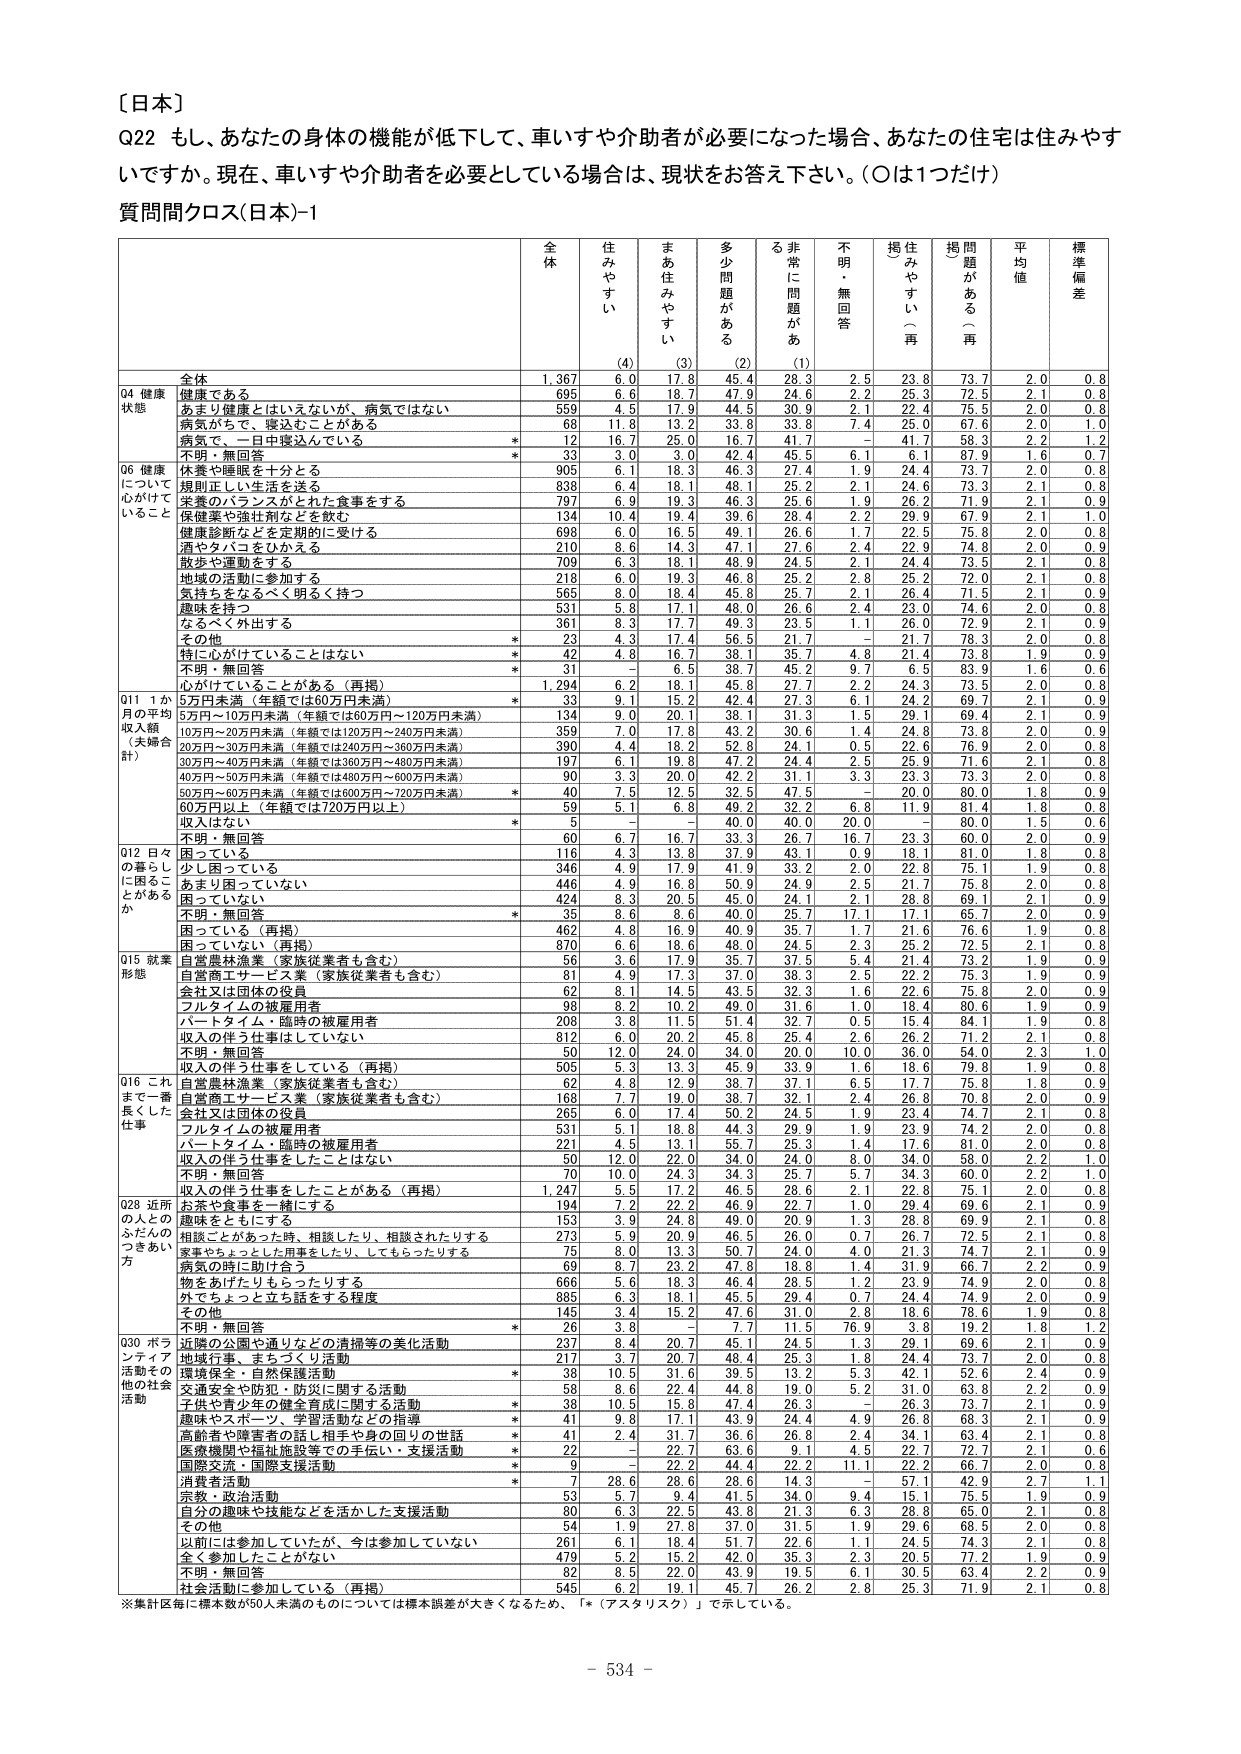
〔日本〕

Q22 もし、あなたの身体の機能が低下して、車いすや介助者が必要になった場合、あなたの住宅は住みやすいですか。現在、車いすや介助者を必要としている場合は、現状をお答え下さい。（○は1つだけ）

質問間クロス(日本)-1

| | 全体 | 住みやすい (4) | まあ住みやすい (3) | 多少問題がある (2) | る非常に問題がある (1) | 不明・無回答 | 掲題みやすい（再） | 掲題がある（再） | 平均値 | 標準偏差 |
|---|---|---|---|---|---|---|---|---|---|---|
| | | | | | | | | | | |
| Q4 健康状態 | 全体 | 1,367 | 6.0 | 17.8 | 45.4 | 28.3 | 2.5 | 23.8 | 73.7 | 2.0 | 0.8 |
| | 健康である | 695 | 6.6 | 18.7 | 47.9 | 24.6 | 2.2 | 25.3 | 72.5 | 2.1 | 0.8 |
| | あまり健康とはいえないが、病気ではない | 559 | 4.5 | 17.9 | 44.5 | 30.9 | 2.1 | 22.4 | 75.5 | 2.0 | 0.8 |
| | 病気で、寝込むことがある | 68 | 11.8 | 13.2 | 33.8 | 33.8 | 7.4 | 25.0 | 67.6 | 2.0 | 1.0 |
| | 病気で、一日中寝込んでいる | * | 12 | 16.7 | 25.0 | 16.7 | 41.7 | - | 41.7 | 58.3 | 2.2 | 1.2 |
| | 不明・無回答 | * | 33 | 3.0 | 3.0 | 42.4 | 45.5 | 6.1 | 6.1 | 87.9 | 1.6 | 0.7 |
| Q6 健康について心がけていること | 休養や睡眠を十分とる | 905 | 6.1 | 18.3 | 46.3 | 27.4 | 1.9 | 24.4 | 73.7 | 2.0 | 0.8 |
| | 規則正しい生活を送る | 838 | 6.4 | 18.1 | 48.1 | 25.2 | 2.1 | 24.6 | 73.3 | 2.1 | 0.8 |
| | 美味のバランスがとれた食事をする | 797 | 6.9 | 19.3 | 46.3 | 25.6 | 1.9 | 26.2 | 71.9 | 2.1 | 0.9 |
| | 保健薬や強壮剤などを飲む | 134 | 10.4 | 19.4 | 39.6 | 28.4 | 2.2 | 29.9 | 67.9 | 2.1 | 1.0 |
| | 健康診断などを定期的に受ける | 698 | 6.0 | 16.5 | 49.1 | 26.6 | 1.7 | 22.5 | 75.8 | 2.0 | 0.8 |
| | 酒やタバコをひかえる | 210 | 8.6 | 14.3 | 47.1 | 27.6 | 2.4 | 22.9 | 74.8 | 2.0 | 0.9 |
| | 散歩や運動をする | 709 | 6.3 | 18.1 | 48.9 | 24.5 | 2.1 | 24.4 | 73.5 | 2.1 | 0.8 |
| | 地域の活動に参加する | 218 | 6.0 | 19.3 | 46.8 | 25.2 | 2.8 | 25.2 | 72.0 | 2.1 | 0.8 |
| | 気持ちをなるべく明るく持つ | 565 | 8.0 | 18.4 | 45.8 | 25.7 | 2.1 | 26.4 | 71.5 | 2.1 | 0.9 |
| | 趣味を持つ | 531 | 5.8 | 17.1 | 48.0 | 26.6 | 2.4 | 23.0 | 74.6 | 2.0 | 0.8 |
| | なるべく外出する | 361 | 8.3 | 17.7 | 49.3 | 23.5 | 1.1 | 26.0 | 72.9 | 2.1 | 0.9 |
| | その他 | * | 23 | 4.3 | 17.4 | 56.5 | 21.7 | - | 21.7 | 78.3 | 2.0 | 0.8 |
| | 特に心がけていることはない | * | 42 | 4.8 | 16.7 | 38.1 | 35.7 | 4.8 | 21.4 | 73.8 | 1.9 | 0.9 |
| | 不明・無回答 | * | 31 | 3.2 | 6.5 | 38.7 | 45.2 | 9.7 | 6.5 | 83.9 | 1.6 | 0.6 |
| | 心がけていることがある（再掲） | 1,294 | 6.2 | 18.1 | 45.8 | 27.7 | 2.2 | 24.3 | 73.5 | 2.0 | 0.8 |
| Q11 1か月の平均収入額（夫婦合計） | 5万円未満（年額では60万円未満） | 33 | 9.1 | 15.2 | 42.4 | 27.3 | 6.1 | 24.2 | 69.7 | 2.1 | 0.9 |
| | 5万円～10万円未満（年額では60万円～120万円未満） | 134 | 9.0 | 20.1 | 38.1 | 31.3 | 1.5 | 29.1 | 69.4 | 2.1 | 0.9 |
| | 10万円～20万円未満（年額では120万円～240万円未満） | 359 | 7.0 | 17.8 | 43.2 | 30.6 | 1.4 | 24.8 | 73.8 | 2.0 | 0.9 |
| | 20万円～30万円未満（年額では240万円～360万円未満） | 390 | 4.4 | 18.2 | 52.8 | 24.1 | 0.5 | 22.6 | 76.9 | 2.0 | 0.8 |
| | 30万円～40万円未満（年額では360万円～480万円未満） | 197 | 6.1 | 19.8 | 47.2 | 24.4 | 2.5 | 25.9 | 71.6 | 2.1 | 0.8 |
| | 40万円～50万円未満（年額では480万円～600万円未満） | 90 | 3.3 | 20.0 | 42.2 | 31.1 | 3.3 | 23.3 | 73.3 | 2.0 | 0.8 |
| | 50万円～60万円未満（年額では600万円～720万円未満） | * | 40 | 7.5 | 12.5 | 32.5 | 47.5 | - | 20.0 | 80.0 | 1.8 | 0.9 |
| | 60万円以上（年額では720万円以上） | 59 | 5.1 | 6.8 | 49.2 | 32.2 | 6.8 | 11.9 | 81.4 | 1.8 | 0.8 |
| | 収入はない | * | 5 | - | - | 40.0 | 40.0 | 20.0 | - | 80.0 | 1.5 | 0.6 |
| | 不明・無回答 | 60 | 6.7 | 16.7 | 33.3 | 26.7 | 16.7 | 23.3 | 60.0 | 2.0 | 0.9 |
| Q12 日々の暮らしに困ることがあるか | 困っている | 116 | 4.3 | 13.8 | 37.9 | 43.1 | 0.9 | 18.1 | 81.0 | 1.8 | 0.8 |
| | 少し困っている | 346 | 4.9 | 17.9 | 41.9 | 33.2 | 2.0 | 22.8 | 75.1 | 1.9 | 0.8 |
| | あまり困っていない | 446 | 4.9 | 16.8 | 50.9 | 24.9 | 2.5 | 21.7 | 75.8 | 2.0 | 0.8 |
| | 困っていない | 424 | 8.3 | 20.5 | 45.0 | 24.1 | 2.1 | 28.8 | 69.1 | 2.1 | 0.9 |
| | 不明・無回答 | * | 35 | 8.6 | 8.6 | 40.0 | 25.7 | 17.1 | 17.1 | 65.7 | 2.0 | 0.9 |
| | 困っている（再掲） | 462 | 4.8 | 16.9 | 40.9 | 35.7 | 1.7 | 21.6 | 76.6 | 1.9 | 0.8 |
| | 困っていない（再掲） | 870 | 6.6 | 18.6 | 48.0 | 24.5 | 2.3 | 25.2 | 72.5 | 2.1 | 0.8 |
| Q15 就業形態 | 自営農林漁業（家族従業者も含む） | 56 | 3.6 | 17.9 | 35.7 | 37.5 | 5.4 | 21.4 | 73.2 | 1.9 | 0.9 |
| | 自営商工サービス業（家族従業者も含む） | 81 | 4.9 | 17.3 | 37.0 | 38.3 | 2.5 | 22.2 | 75.3 | 1.9 | 0.9 |
| | 会社又は団体の役員 | 62 | 8.1 | 14.5 | 43.5 | 32.3 | 1.6 | 22.6 | 75.8 | 2.0 | 0.9 |
| | フルタイムの被雇用者 | 98 | 8.2 | 10.2 | 49.0 | 31.6 | 1.0 | 18.4 | 80.6 | 1.9 | 0.9 |
| | パートタイム・臨時の被雇用者 | 208 | 3.8 | 11.5 | 51.4 | 32.7 | 0.5 | 15.4 | 84.1 | 1.9 | 0.8 |
| | 収入の伴う仕事をしていない | 812 | 6.0 | 20.2 | 45.8 | 25.4 | 2.6 | 26.2 | 71.2 | 2.1 | 0.8 |
| | 不明・無回答 | 50 | 12.0 | 24.0 | 34.0 | 20.0 | 10.0 | 36.0 | 54.2 | 2.3 | 1.0 |
| | 収入の伴う仕事をしている（再掲） | 505 | 5.3 | 12.3 | 45.9 | 33.9 | 1.6 | 18.6 | 79.8 | 1.9 | 0.8 |
| Q16 これまで一番長くした仕事 | 自営農林漁業（家族従業者も含む） | 62 | 4.8 | 12.9 | 38.7 | 37.1 | 6.5 | 17.7 | 75.8 | 1.8 | 0.9 |
| | 自営商工サービス業（家族従業者も含む） | 168 | 7.7 | 19.0 | 38.7 | 32.1 | 2.4 | 26.8 | 70.8 | 2.0 | 0.9 |
| | 会社又は団体の役員 | 265 | 6.0 | 17.4 | 50.2 | 24.5 | 1.9 | 23.4 | 74.7 | 2.1 | 0.8 |
| | フルタイムの被雇用者 | 531 | 5.1 | 18.8 | 44.3 | 29.9 | 1.9 | 23.9 | 74.2 | 2.0 | 0.8 |
| | パートタイム・臨時の被雇用者 | 221 | 4.5 | 13.1 | 55.7 | 25.3 | 1.4 | 17.6 | 81.0 | 2.0 | 0.8 |
| | 収入の伴う仕事をしたことはない | 50 | 12.0 | 22.0 | 34.0 | 24.0 | 8.0 | 34.0 | 58.0 | 2.2 | 1.0 |
| | 不明・無回答 | 70 | 10.0 | 24.3 | 34.3 | 25.7 | 5.7 | 34.3 | 60.0 | 2.2 | 1.0 |
| | 収入の伴う仕事をしたことがある（再掲） | 1,247 | 5.5 | 17.2 | 46.5 | 28.6 | 2.1 | 22.8 | 75.1 | 2.0 | 0.8 |
| Q28 近所の人とのふだんのつきあい方 | お茶や食事を一緒にする | 194 | 7.2 | 22.2 | 46.9 | 22.7 | 1.0 | 29.4 | 69.6 | 2.1 | 0.9 |
| | 趣味をともにする | 153 | 3.9 | 24.8 | 49.0 | 20.9 | 1.3 | 28.8 | 69.9 | 2.1 | 0.8 |
| | 相談ごとがあった時、相談したり、相談されたりする | 273 | 5.9 | 20.9 | 46.5 | 26.0 | 0.7 | 26.7 | 72.5 | 2.1 | 0.8 |
| | 家事やちょっとした用事をしたり、してもらったりする | 75 | 8.0 | 13.3 | 50.7 | 24.0 | 4.0 | 21.3 | 74.7 | 2.1 | 0.9 |
| | 病気の時に助け合う | 69 | 8.7 | 23.2 | 47.8 | 18.8 | 1.4 | 31.9 | 66.7 | 2.2 | 0.9 |
| | 物をあげたりもらったりする | 666 | 5.6 | 18.3 | 46.4 | 28.5 | 1.2 | 23.9 | 74.9 | 2.0 | 0.8 |
| | 外でちょっと立ち話をする程度 | 885 | 6.3 | 18.1 | 45.5 | 29.4 | 0.7 | 24.4 | 74.9 | 2.0 | 0.9 |
| | その他 | 145 | 3.4 | 15.2 | 47.6 | 31.0 | 2.8 | 18.6 | 78.6 | 1.9 | 0.8 |
| | 不明・無回答 | * | 26 | 3.8 | - | 7.7 | 11.5 | 76.9 | 3.8 | 19.2 | 1.8 | 1.2 |
| Q30 ボランティア活動その他の社会活動 | 近隣の公園や通りなどの清掃等の美化活動 | 237 | 8.4 | 20.7 | 45.1 | 24.5 | 1.3 | 29.1 | 69.6 | 2.1 | 0.9 |
| | 地域行事、まちづくり活動 | 217 | 3.7 | 20.7 | 48.4 | 25.3 | 1.8 | 24.4 | 73.7 | 2.0 | 0.8 |
| | 環境保全・自然保護活動 | * | 38 | 10.5 | 31.6 | 39.5 | 13.2 | 5.3 | 42.1 | 52.6 | 2.4 | 0.9 |
| | 交通安全や防犯・防災に関する活動 | 58 | 8.6 | 22.4 | 44.8 | 19.0 | 5.2 | 31.0 | 63.8 | 2.2 | 0.9 |
| | 子供や青少年の健全育成に関する活動 | * | 38 | 10.5 | 15.8 | 47.4 | 26.3 | - | 26.3 | 73.7 | 2.1 | 0.9 |
| | 趣味やスポーツ、学習活動などの指導 | * | 41 | 9.8 | 17.1 | 43.9 | 24.4 | 4.9 | 26.8 | 68.3 | 2.1 | 0.9 |
| | 高齢者や障害者の話し相手や身の回りの世話 | * | 41 | 2.4 | 31.7 | 36.6 | 26.8 | 2.4 | 34.1 | 63.4 | 2.1 | 0.8 |
| | 医療機関や福祉施設等での手伝い・支援活動 | * | 22 | - | 22.7 | 63.6 | 9.1 | 4.5 | 22.7 | 75.7 | 2.1 | 0.6 |
| | 国際交流・国際支援活動 | * | 9 | - | 22.2 | 44.4 | 22.2 | 11.1 | 22.2 | 66.7 | 2.0 | 0.8 |
| | 消費者活動 | * | 7 | 28.6 | 28.6 | 28.6 | 14.3 | - | 57.1 | 42.9 | 2.7 | 1.1 |
| | 宗教・政治活動 | 53 | 5.7 | 9.4 | 41.5 | 34.0 | 9.4 | 15.1 | 75.5 | 1.9 | 0.9 |
| | 自分の趣味や技能などを活かした支援活動 | 80 | 6.3 | 22.5 | 43.8 | 21.3 | 6.3 | 28.8 | 65.0 | 2.1 | 0.8 |
| | その他 | 54 | 1.9 | 27.8 | 37.0 | 31.5 | 1.9 | 29.6 | 68.5 | 2.0 | 0.8 |
| | 以前には参加していたが、今は参加していない | 261 | 6.1 | 18.4 | 51.7 | 22.6 | 1.1 | 24.5 | 74.3 | 2.1 | 0.8 |
| | 全く参加したことがない | 479 | 5.2 | 15.2 | 42.0 | 35.3 | 2.3 | 20.5 | 77.2 | 1.9 | 0.9 |
| | 不明・無回答 | 82 | 8.5 | 22.0 | 43.9 | 19.5 | 6.1 | 30.5 | 63.4 | 2.2 | 0.9 |
| | 社会活動に参加している（再掲） | 545 | 6.2 | 19.1 | 45.7 | 26.2 | 2.8 | 25.3 | 71.9 | 2.1 | 0.8 |

※集計区毎に標本数が50人未満のものについては標準誤差が大きくなるため、「*（アスタリスク）」で示している。

- 534 -